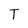
Character: T